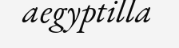
aegyptilla